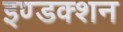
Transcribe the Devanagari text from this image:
इण्डक्शन